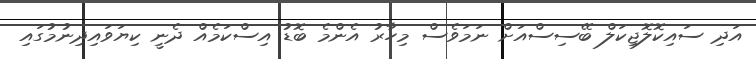
އަދި ސައިކޮލޮޖިކަލް ބޭސިސްއަށް ނަމަވެސް މިހާރު އެންމެ ބޮޑު އިސްކަމެއް ދެނީ ކިޔަވައިދިނުމުގައި